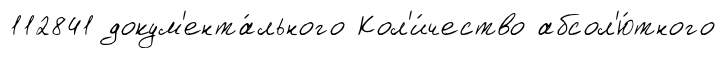
112841 докум'ента́льного Кол'и́чество абсол'ю́тного